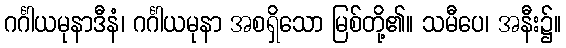
ဂင်္ဂါယမုနာဒီနံ၊ ဂင်္ဂါယမုနာ အစရှိသော မြစ်တို့၏။ သမီပေ၊ အနီး၌။